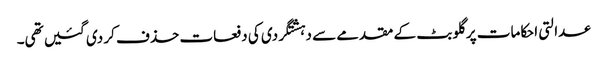
عدالتی احکامات پر گلو بٹ کے مقدمے سے دہشتگردی کی دفعات حذف کر دی گئیں تھی۔